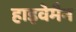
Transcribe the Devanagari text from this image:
हाइवेमैन